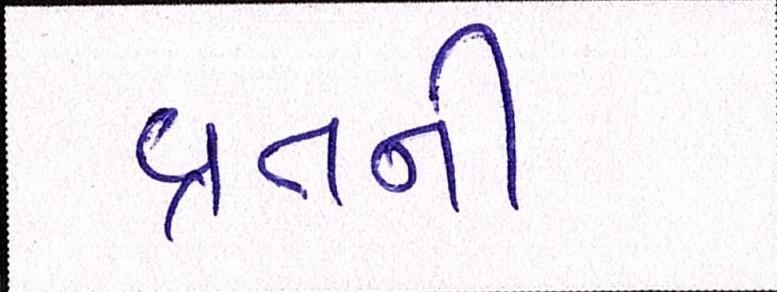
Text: વ્રતની